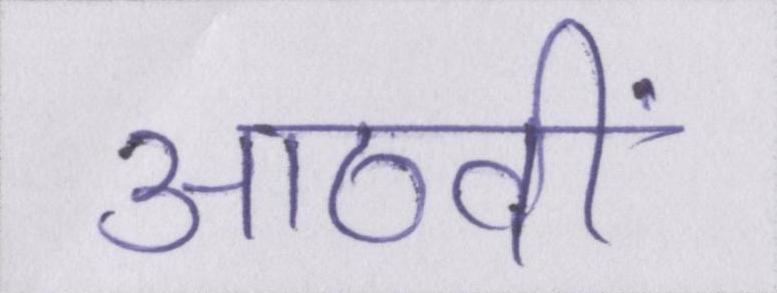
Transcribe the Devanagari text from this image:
आठवीं